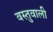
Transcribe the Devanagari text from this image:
वस्तुवाली